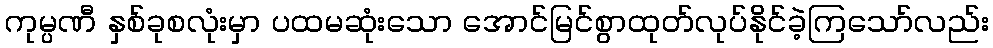
ကုမ္ပဏီ နှစ်ခုစလုံးမှာ ပထမဆုံးသော အောင်မြင်စွာထုတ်လုပ်နိုင်ခဲ့ကြသော်လည်း